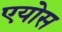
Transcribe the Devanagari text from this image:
एयोस